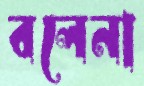
বলেনা